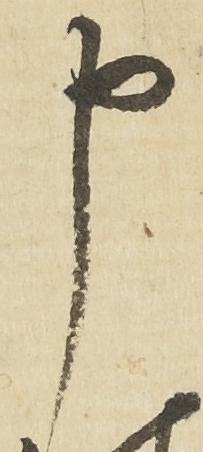
申